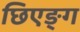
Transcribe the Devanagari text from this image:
छिएङ्ग